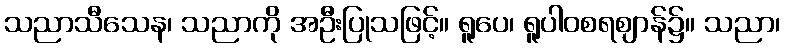
သညာသီသေန၊ သညာကို အဦးပြုသဖြင့်။ ရူပေ၊ ရူပါဝစရဈာန်၌။ သညာ၊